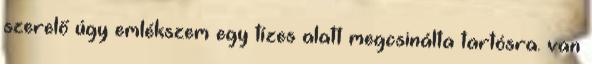
szerelő úgy emlékszem egy tízes alatt megcsinálta tartósra. van